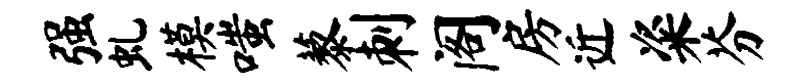
强虬模嗤藜刺阁房近粢芬